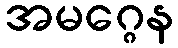
အမဂ္ဂေန